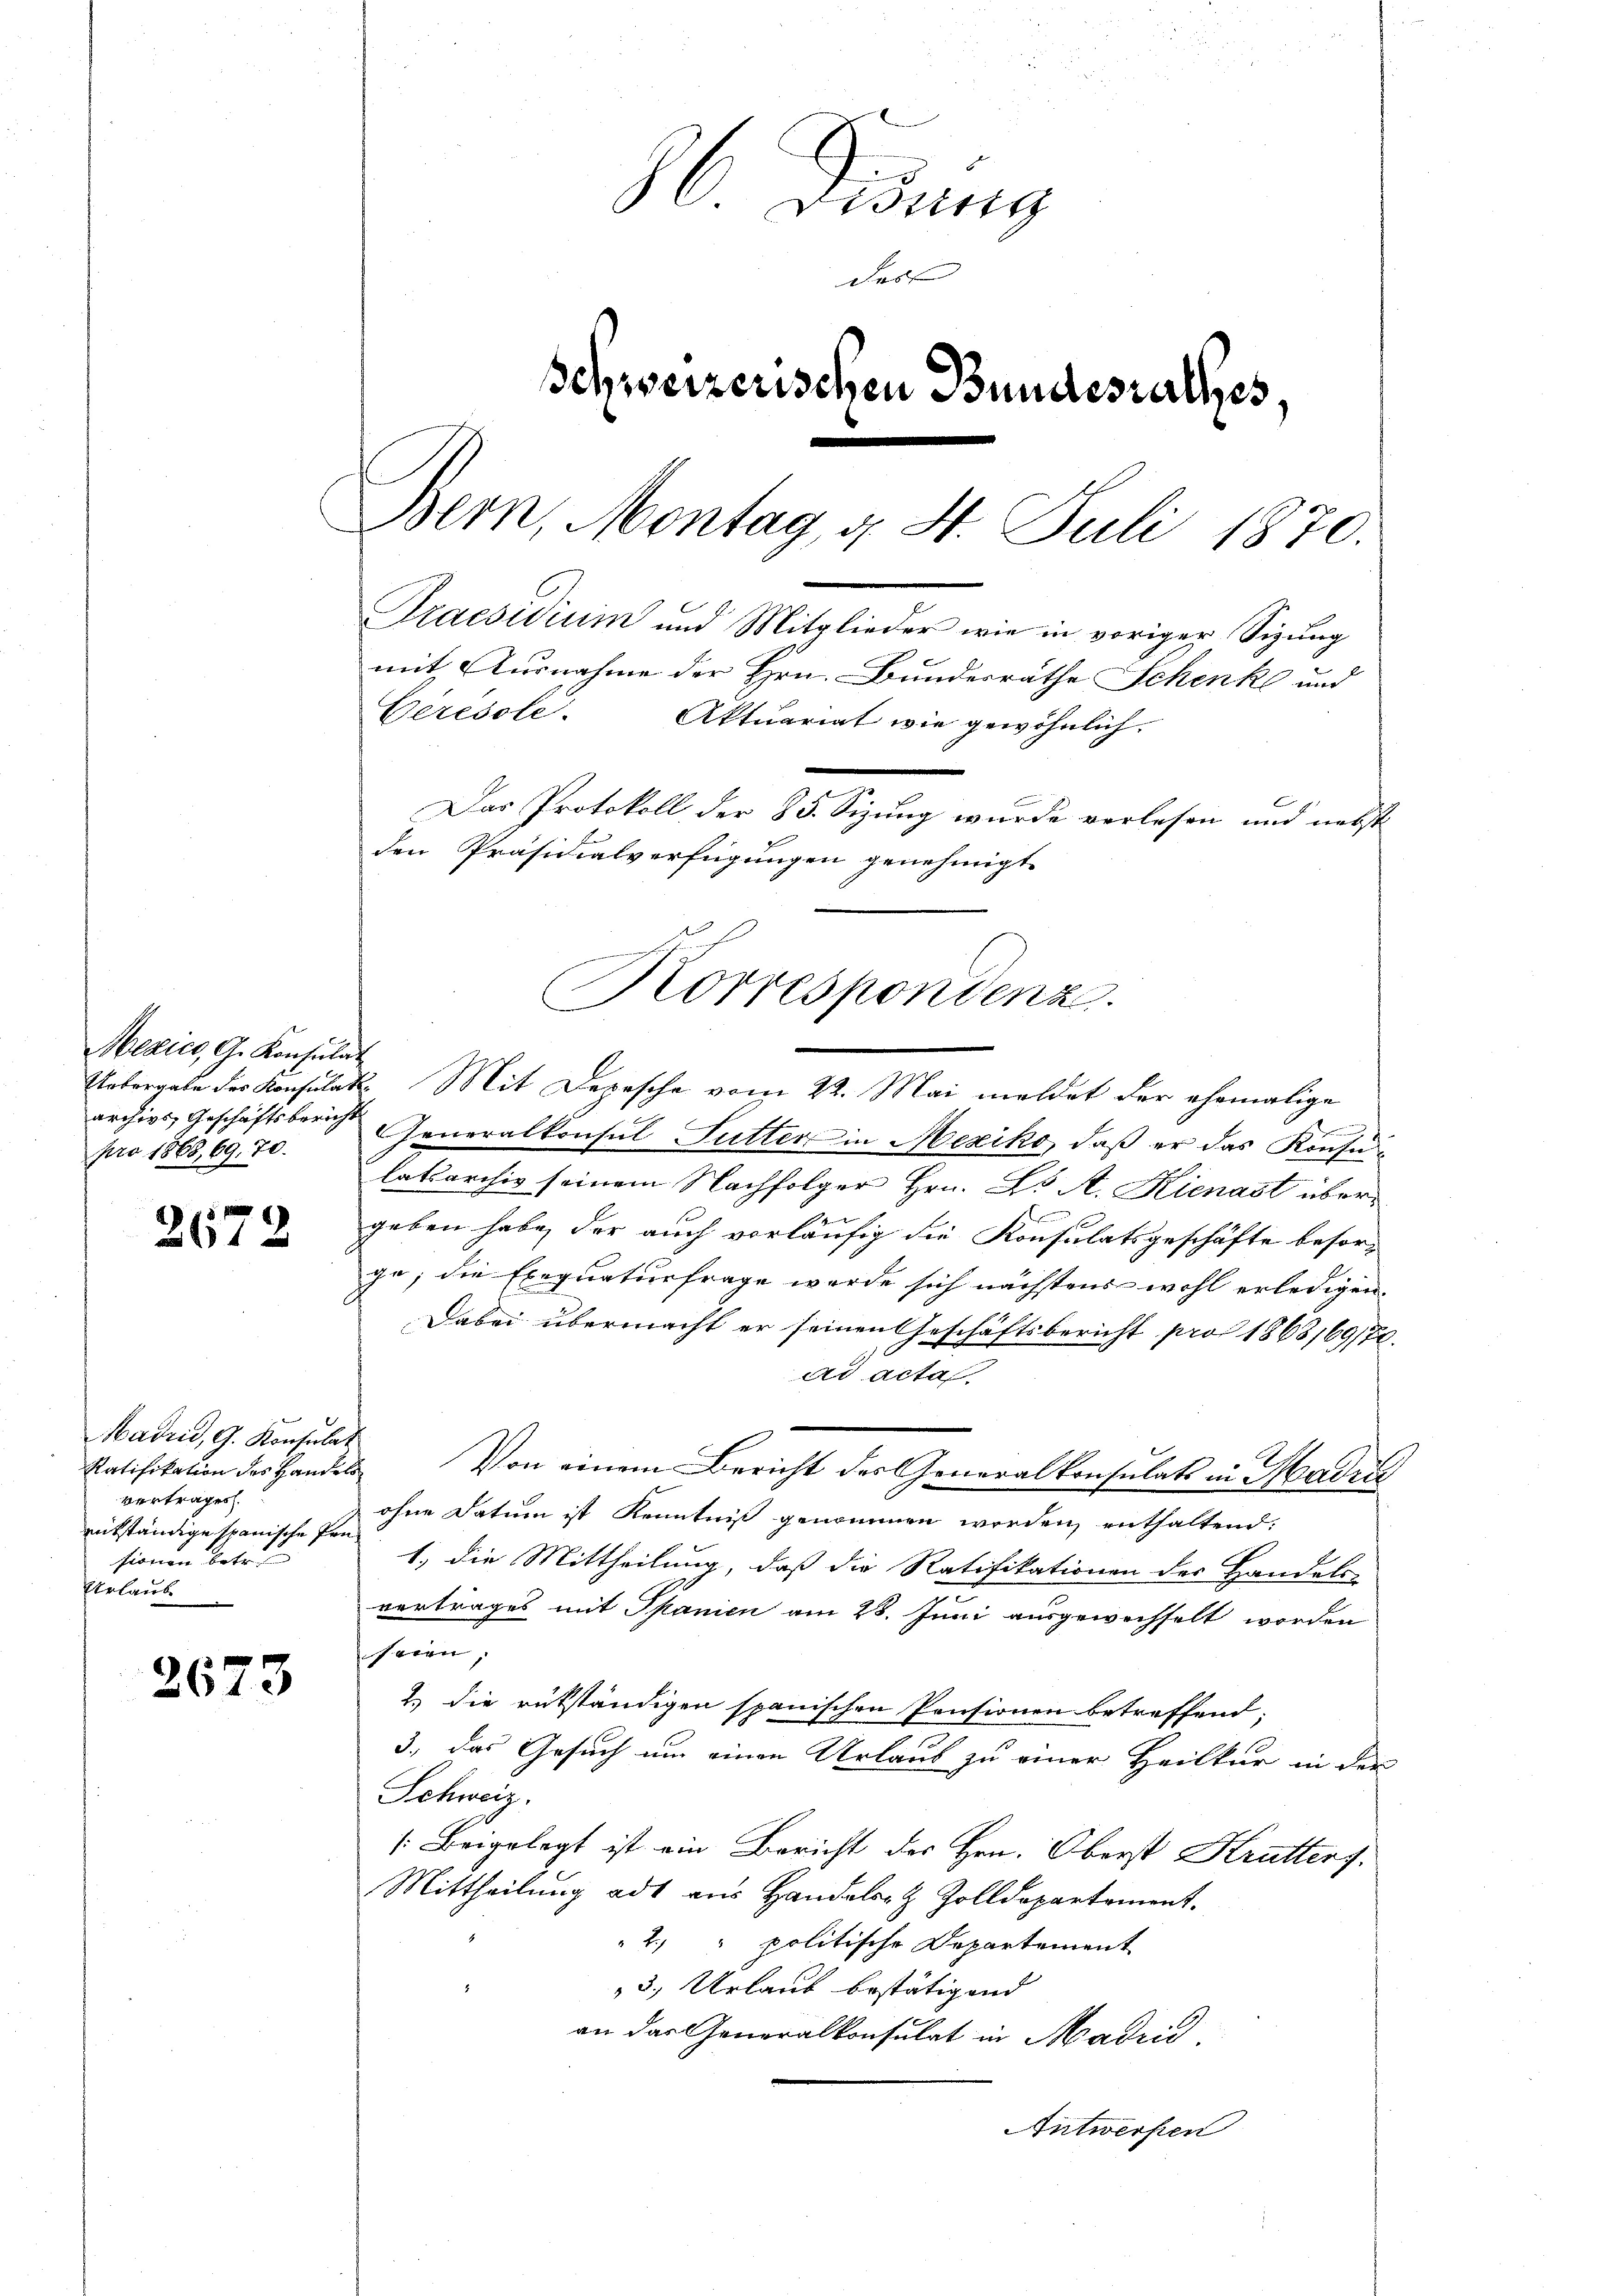
2672

Hadrid, G. Konsulat
Ratifikation des Handels
vertragen.
rükständige spanische Prüsionen betre
Urlaube

2673

O. Diszig
das
Schweizerischen Bundesrathes.
Bern, Montag, d. 4. Juli 1870.
Praesidium und Mitglieder wie in voriger Sizung
mit Ausnahme der Hrn. Bundesräthe Schenk und
Ceresole. Aktuariat wie gewöhnlich.
Das Protokoll der 85. Sizung wurde vorlesen und nebst
den Präsidialverfügungen genehmigt.

Mexico, G. Konsulat
pro 1868, 69. 70.

Uebergabe der Konsulat. Mit Depesche vom 22. Mai meldet der ehemalige
e
archivs Geschäftsbericht Generalkonsul Sutter in Mexiko, daß er das Konsulakarchiv seinem Nachfolger Hrn. L. A. Kienast übergeben habe, der auch vorläufig die Konsulatsgeschäfte besorge; die Exequaturfrage werde sich nächstens wohl erledigen. |
Dabei übermacht er seinen Geschäftsbericht pro 1863/69/70.
ad acta
Von einem Bericht der Generalkonsulats in Madin
ohne Datum ist Kenntniß genommen werden, enthaltend:
1. die Mittheilung, daß die Ratifikationen der Handels-
vertrages mit Spanien am 28. Juni ausgewechselt worden
seien,
2.) Die rükständigen spanischen Pensionen betreffend:
3., das Gesuch um einen Urlaub zu einer Heilkur in der
Schweiz.
[Beigelegt ist ein Bericht des Hrn. Oberst Krütters
Mittheilung ad aus Handels- & Zolldepartement.
2) " politische Departement
3, Urlaub bestätigend
an das Generalkonsulat in Madrid,
Antworfen

Korrespondenz.